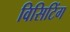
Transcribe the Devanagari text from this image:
विसिटिंग